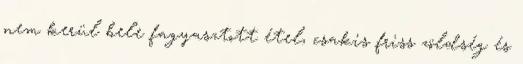
nem kerül bele fagyasztott étel, csakis friss zöldség és